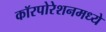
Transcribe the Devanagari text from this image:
कॉरपोरेशनमध्ये